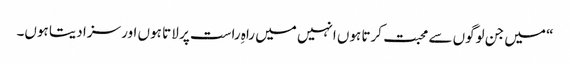
“ میں جن لوگوں سے محبت کرتا ہوں انہیں میں راہِ راست پر لا تا ہوں اور سزا دیتا ہوں۔